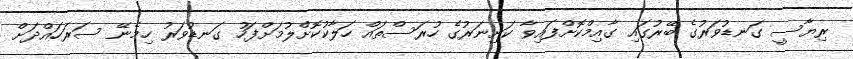
ރިޔާސީ ގަނޑުވަރުގެ ބޭރުގައި ގާއިމްކޮށްފައިވާ ކަށިނަރުގެ ހުރަސްތައް ހަލާކުކޮށްލުމަށްފަހު ގަނޑުވަރު ހިމެނޭ ސަރަހައްދަށް